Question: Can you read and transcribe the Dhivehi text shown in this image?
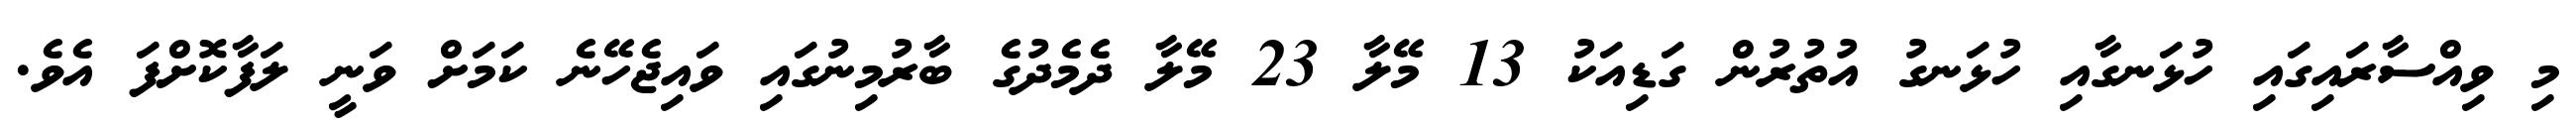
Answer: މި ވިއްސާރައިގައި ހުޅަނގާއި ހުޅަނގު އުތުރުން ގަޑިއަކު 13 މޭލާ 23 މޭލާ ދެމެދުގެ ބާރުމިނުގައި ވައިޖެހޭނެ ކަމަށް ވަނީ ލަފާކޮށްފަ އެވެ.